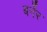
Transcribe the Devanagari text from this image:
बर्नेर